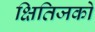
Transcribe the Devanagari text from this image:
क्षितिजको